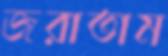
জরাতাম